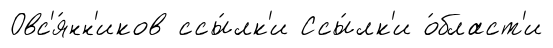
Овс'я́нн'иков ссы́лк'и Ссы́лк'и о́бласт'и